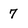
Character: 7